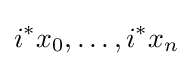
i^{*}x_{0},\ldots ,i^{*}x_{n}